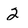
Character: 2